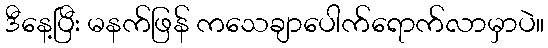
ဒီနေ့ပြီး မနက်ဖြန် ကသေချာပေါက်ရောက်လာမှာပဲ။